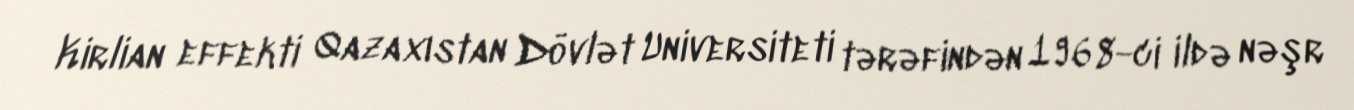
Kirlian effekti Qazaxıstan Dövlət Universiteti tərəfindən 1968-ci ildə nəşr